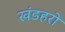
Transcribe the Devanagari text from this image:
खंडहरो